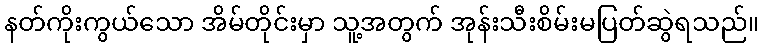
နတ်ကိုးကွယ်သော အိမ်တိုင်းမှာ သူ့အတွက် အုန်းသီးစိမ်းမပြတ်ဆွဲရသည်။